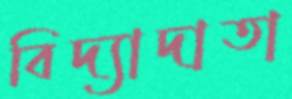
বিদ্যাদাতা